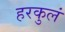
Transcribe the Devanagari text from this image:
हरकुलं